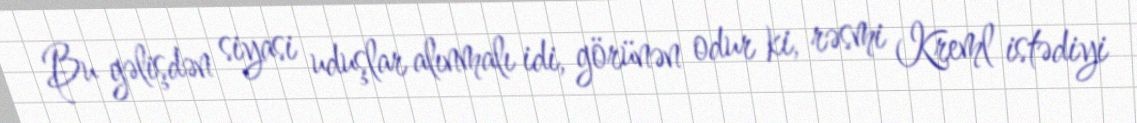
Bu gəlişdən siyasi uduşlar alınmalı idi, görünən odur ki, rəsmi Kreml istədiyi